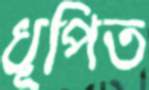
ধূপিত